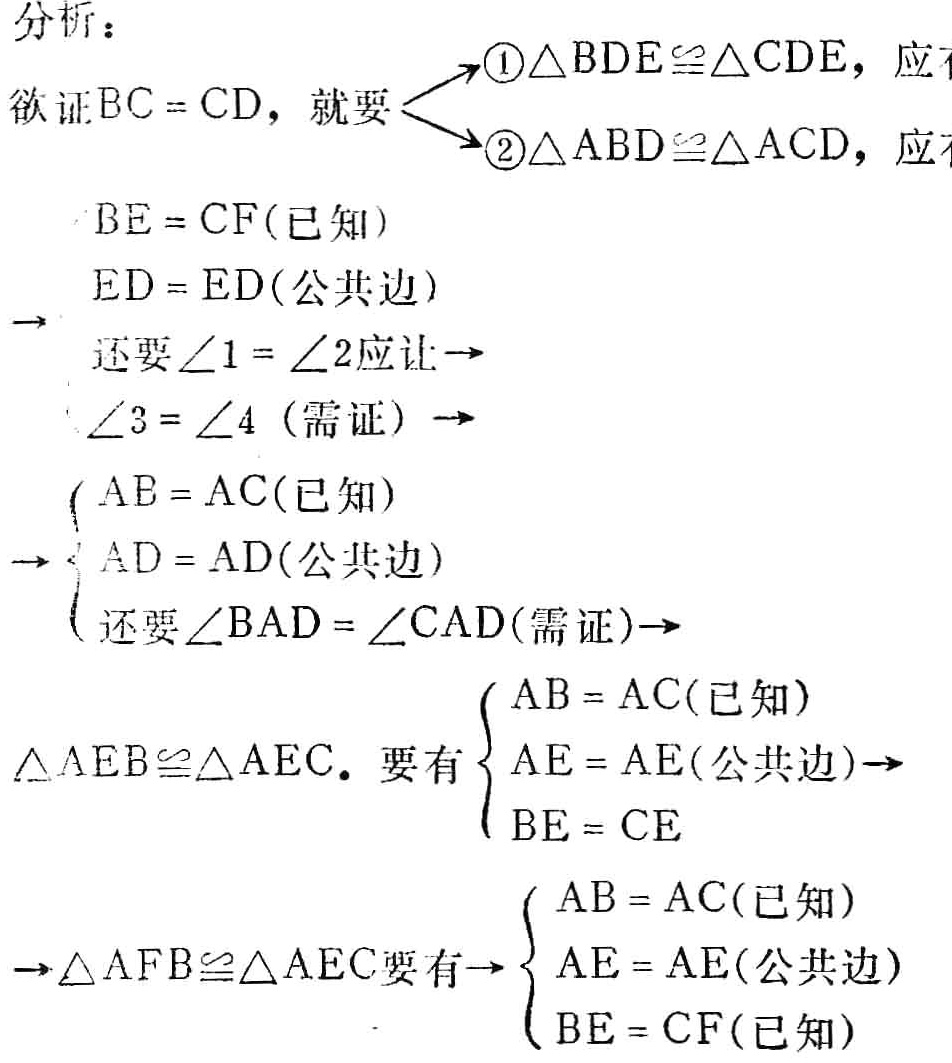
分析：

欲证\(BC = CD\)，就要

\begin{cases}

\textcircled{1}\triangle BDE\cong\triangle CDE，应\\

\textcircled{2}\triangle ABD\cong\triangle ACD，应

\end{cases}

\(BE = CF\)(已知)

\(\to\) \(ED = ED\)(公共边)

还要\(\angle1 = \angle2\)应让\(\to\)

\(\angle3 = \angle4\) (需证) \(\to\)

\(\to\begin{cases}

AB = AC(已知)\\

AD = AD(公共边)\\

还要\angle BAD = \angle CAD(需证)\to

\end{cases}\)

\(\triangle AEB\cong\triangle AEC.\) 要有\(\begin{cases}

AB = AC(已知)\\

AE = AE(公共边)\to\\

BE = CE

\end{cases}\)

\(\to\triangle AFB\cong\triangle AEC\)要有\(\to\begin{cases}

AB = AC(已知)\\

AE = AE(公共边)\\

BE = CF(已知)

\end{cases}\)